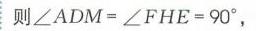
则\(\angle ADM = \angle FHE = 90^{\circ}\)，